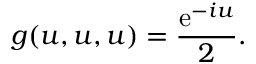
g ( u , u , u ) = \frac { \mathrm { e } ^ { - i u } } { 2 } .